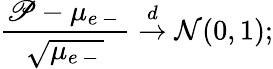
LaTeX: \frac{\mathscr P-\mu_{e\mathrm{~-~}}}{\sqrt{\mu_{e\mathrm{~-~}}}}\overset{d}{\to}\mathcal N(0,1);